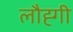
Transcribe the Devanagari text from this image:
लौह्गी